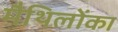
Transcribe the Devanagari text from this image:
मैथिलोंका